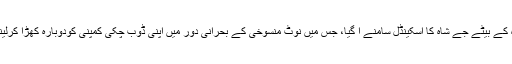
عین اس وقت جب ریاست میں اسمبلی انتخابات کا بگل بجنے ہی والا تھا پارٹی کے قومی صدر امت شاہ کے بیٹے جے شاہ کا اسکینڈل سامنے آ گیا، جس میں نوٹ منسوخی کے بحرانی دور میں اپنی ڈوب چکی کمپنی کودوبارہ کھڑا کرلینے اور غیر معلوم طریقے سے املاک میں سولہ ہزار گناکا اضافہ جیسا اسکیم میڈیاکی نظروں میں آ گیا۔